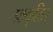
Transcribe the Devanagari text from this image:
प्राकृतिर